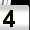
Digit: 4